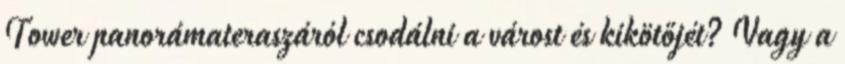
Tower panorámateraszáról csodálni a várost és kikötőjét? Vagy a